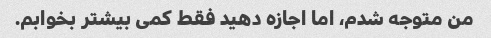
من متوجه شدم، اما اجازه دهید فقط کمی بیشتر بخوابم.